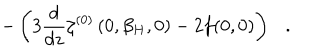
- \left( 3 { \frac { d } { d z } } \zeta ^ { ( 0 ) } \left( 0 , \beta _ { H } , 0 \right) - 2 f ( 0 , 0 ) \right) .